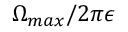
\Omega _ { m a x } / 2 \pi \epsilon